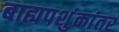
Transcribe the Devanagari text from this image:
बाह्यपशुंकांतर